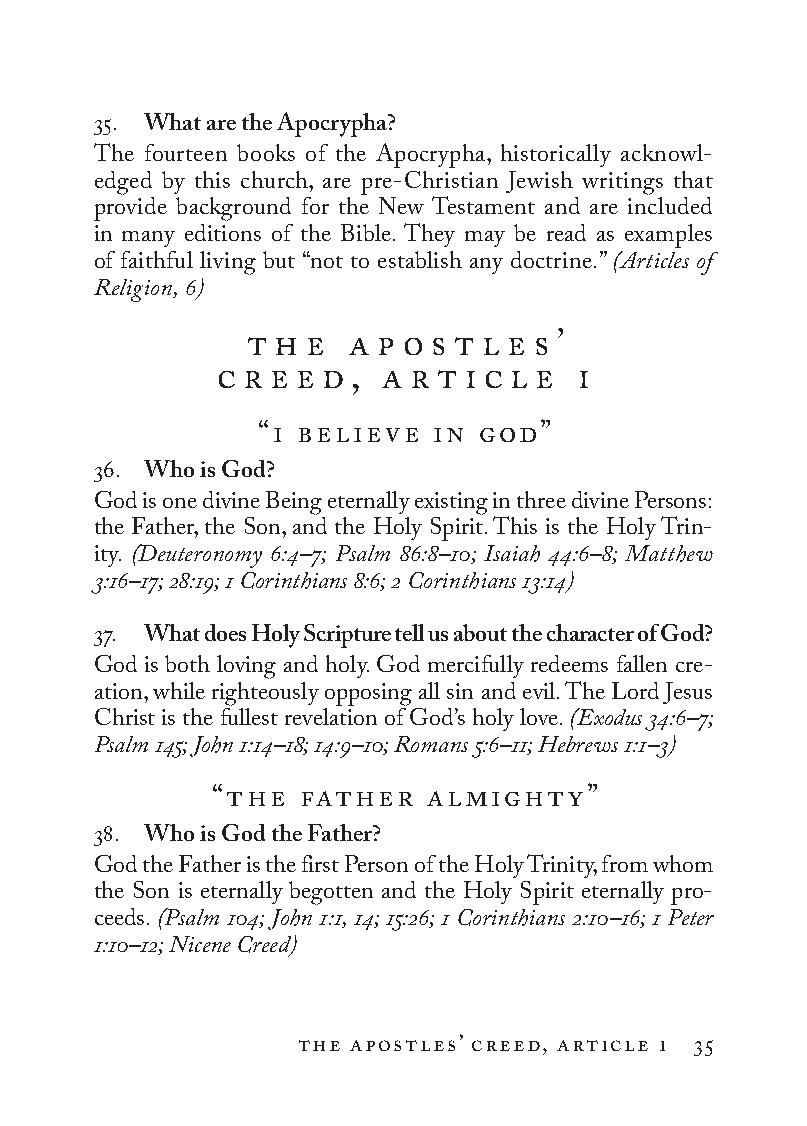
35. What are the Apocrypha?
 The fourteen books of the Apocrypha, historically acknowl-
 edged by this church, are pre-Christian Jewish writings that
 provide background for the New Testament and are included
 in many editions of the Bible. They may be read as examples
 of faithful living but “not to establish any doctrine.” (Articles of
 Religion, 6)
 t h e a p o s t l e s ’
 c r e e d , a r t i c l e i
 “i believe  in god”
 36. Who is God?
 God is one divine Being eternally existing in three divine Persons:
 the Father, the Son, and the Holy Spirit. This is the Holy Trin-
 ity. (Deuteronomy 6:4–7; Psalm 86:8–10; Isaiah 44:6–8; Matthew
 3:16–17; 28:19; 1 Co rin thi ans 8:6; 2 Co rin thi ans 13:14)
 37. What does Holy Scripture tell us about the character of God?
 God is both loving and holy. God mercifully redeems fallen cre-
 ation, while righteously opposing all sin and evil. The Lord Jesus
 Christ is the fullest reve la tion of God’s holy love. (Exodus 34:6–7;
 Psalm 145; John 1:14–18; 14:9–10; Romans 5:6–11; Hebrews 1:1–3)
 “the  father   almighty”
 38. Who is God the Father?
 God the Father is the first Person of the Holy Trinity, from whom
 the Son is eternally begotten and the Holy Spirit eternally pro-
 ceeds. (Psalm 104; John 1:1, 14; 15:26; 1 Co rin thi ans 2:10–16; 1 Peter
 1:10–12; Nicene Creed)
 the apostles’ creed, article i 35
 To be a Christian.566776.int.indd 35        11/13/19 1:31 PM